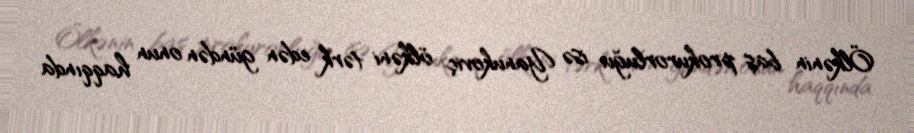
Ölkənin baş prokurorluğu isə Yanukoviç ölkəni tərk edən gündən onun haqqında